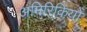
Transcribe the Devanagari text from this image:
अमिरिकियों